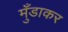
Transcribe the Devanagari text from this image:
मुँडाकर